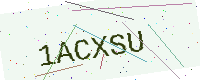
Text: 1ACXSU